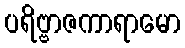
ပရိဗ္ဗာဇကာရာမော